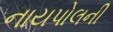
નાયપોલની